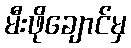
မီးဖိုချောင်မှ